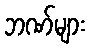
ဘဏ်များ